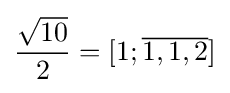
{\frac {\sqrt {10}}{2}}=[1;{\overline {1,1,2}}]